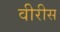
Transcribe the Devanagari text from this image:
वीरीस